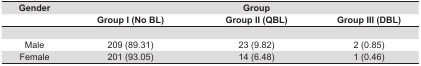
<table><thead><tr><td><b>Gender</b></td><td><b> </b></td><td><b>Group</b></td><td><b> </b></td></tr><tr><td><b> </b></td><td><b>Group I (No BL)</b></td><td><b>Group II (QBL)</b></td><td><b>Group III (DBL)</b></td></tr></thead><tbody><tr><td>Male</td><td>209 (89.31)</td><td>23 (9.82)</td><td>2 (0.85)</td></tr><tr><td>Female</td><td>201 (93.05)</td><td>14 (6.48)</td><td>1 (0.46)</td></tr></tbody></table>